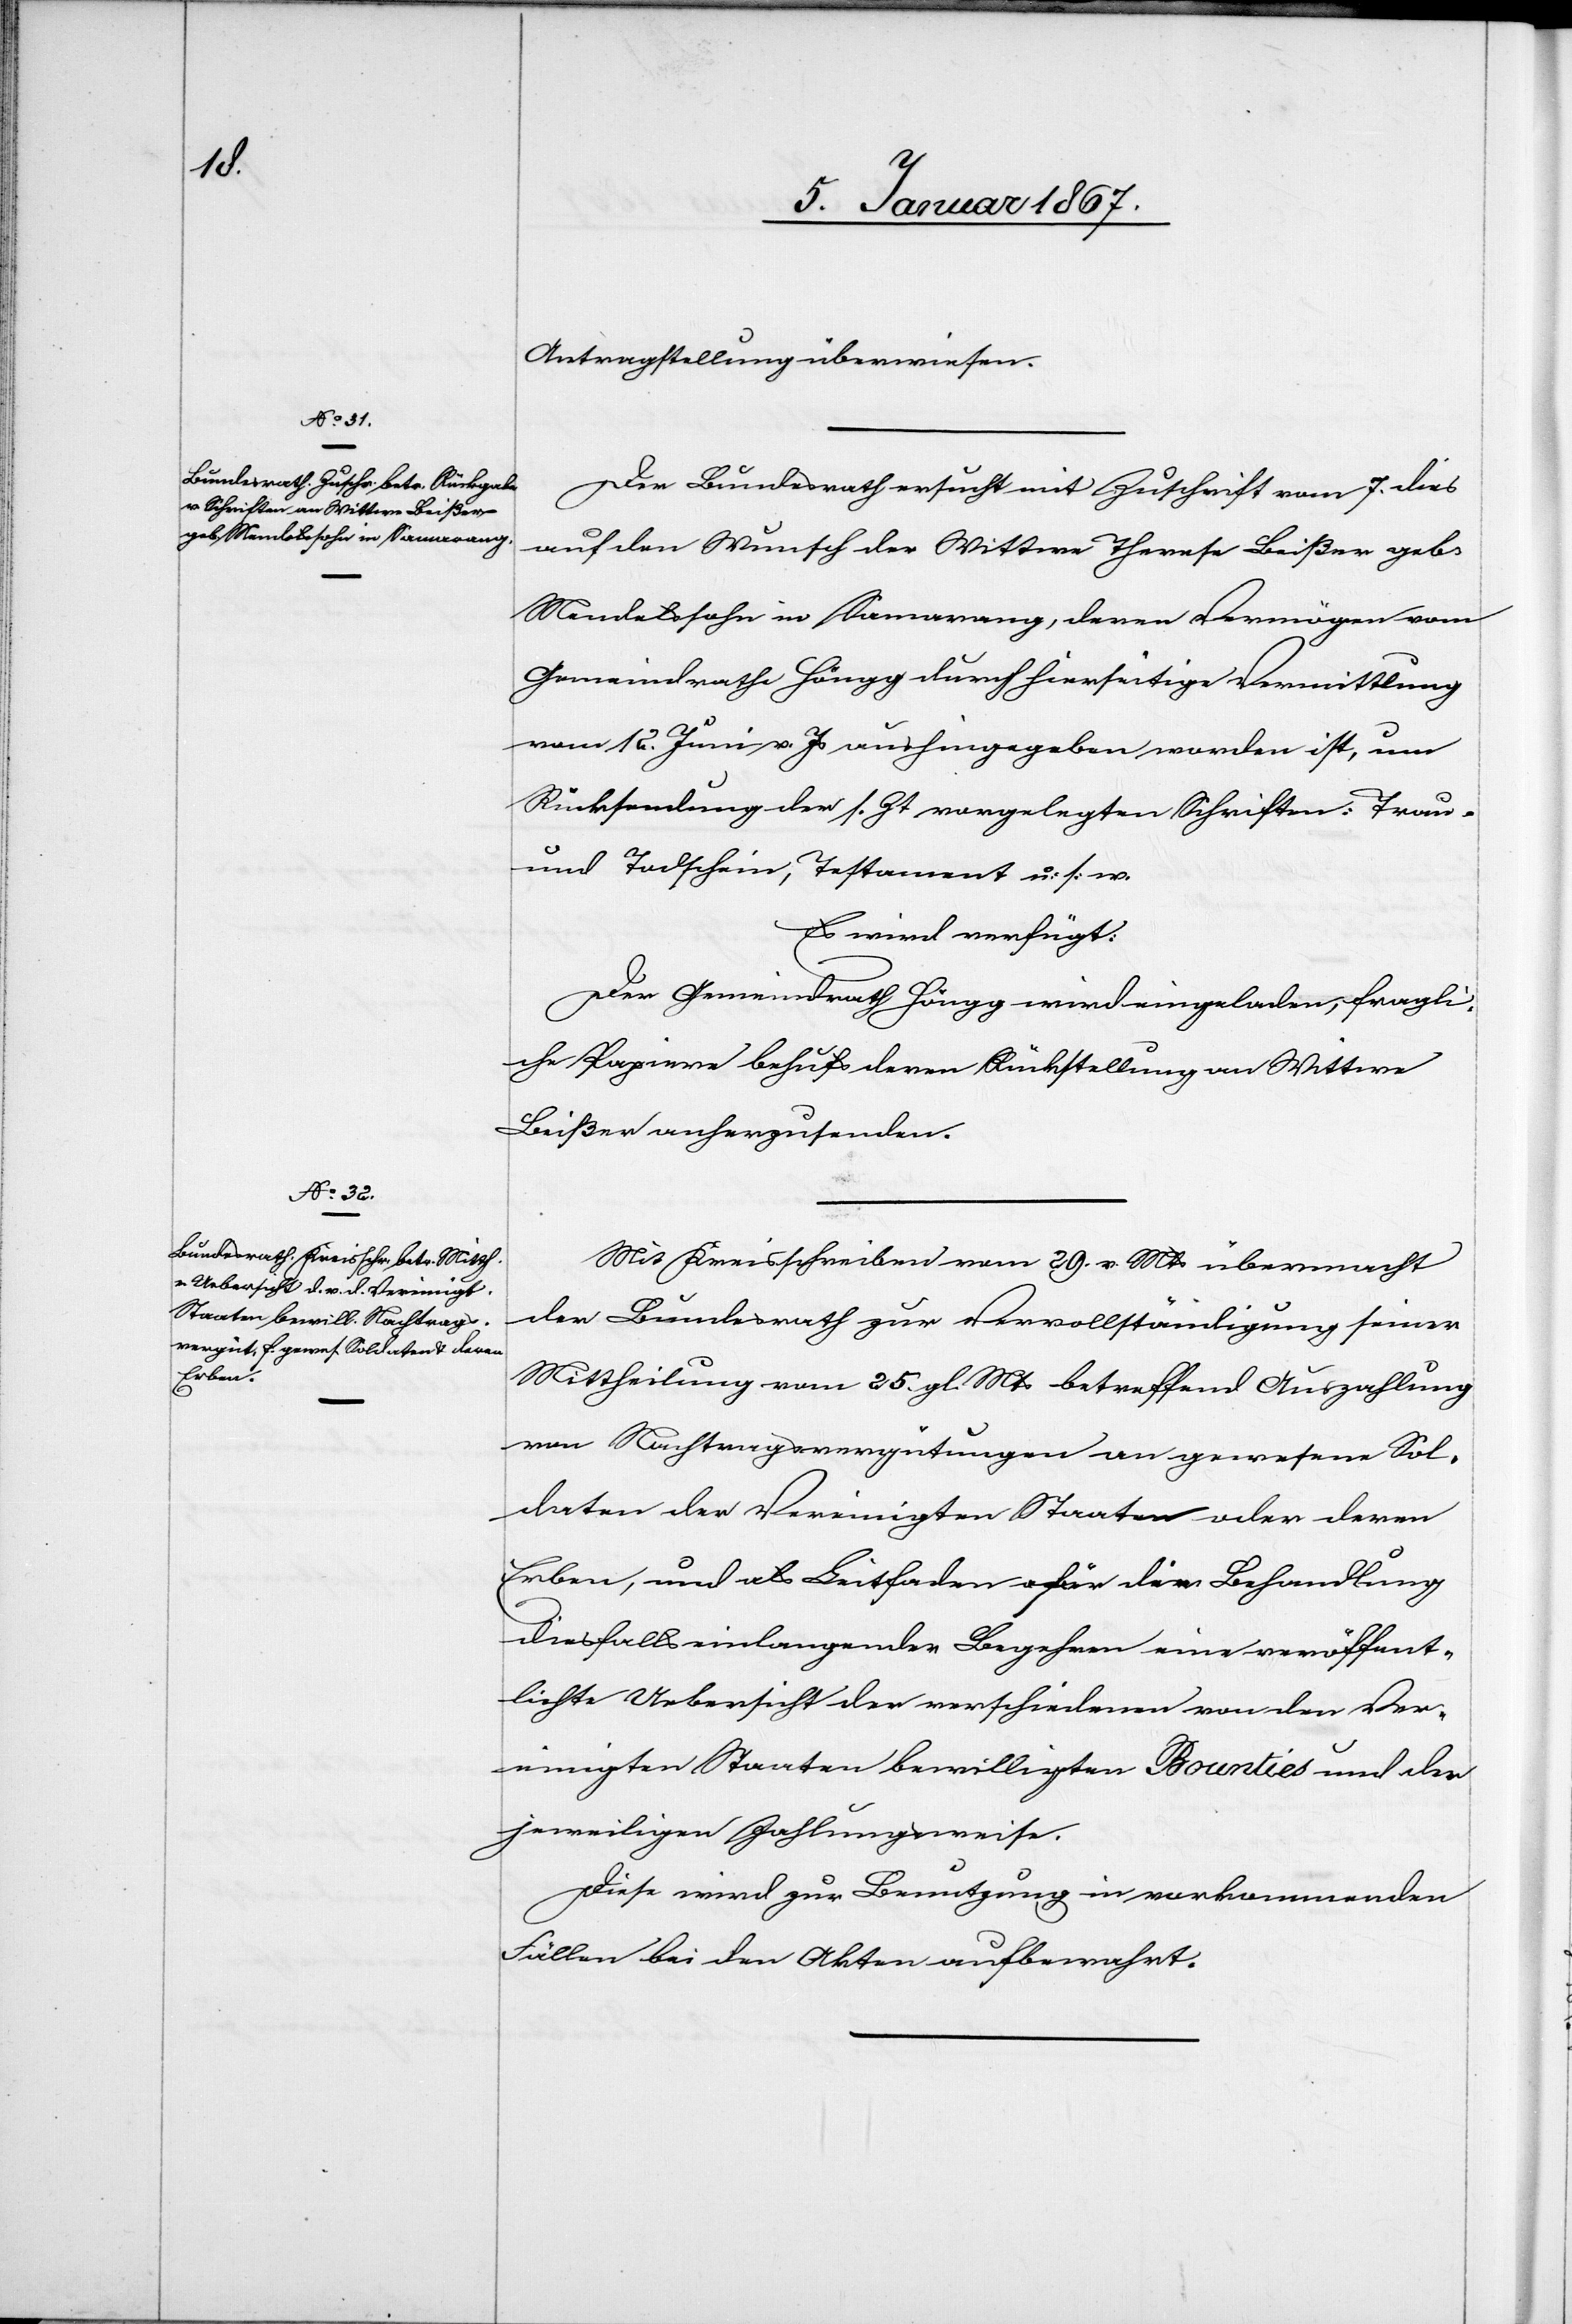
9. Januar 1867.]
Antragstellung überwiesen.
Der Bundesrath ersucht mit Zuschrift vom 7. dies
auf den Wunsch der Wittwe Therese Beißer geb.
Mendelssohn in Samarang, deren Vermögen vom
Gemeindrathe Höngg durch hierseitige Vermittlung
vom 12. Juni v. Js aushingegeben worden ist, um
Rücksendung der s. Zt vorgelegten Schriften: Trau-
und Todschein, Testament u. s. w.
Es wird verfügt:
Der Gemeinderath Höngg wird eingeladen, fragli¬
che Papiere behufs deren Rückstellung an Wittwe
Beißer anherzusenden.
Mit Kreisschreiben vom 29. v. Mts übermacht
der Bundesrath zur Vervollständigung seiner
Mittheilung vom 25. gl. Mts betreffend Auszahlung
von Nachtragsvergütungen an gewesene Sol¬
daten der Vereinigten Staaten oder deren
Erben, und als Leitfaden für die Behandlung
diesfalls einlangender Begehren eine veröffent¬
lichte Uebersicht der verschiedenen von den Ver¬
einigten Staaten bewilligten Bounties und der
jeweiligen Zahlungsweise.
Diese sind zur Benutzung in vorkommenden
Fällen bei den Akten aufbewahrt.